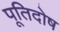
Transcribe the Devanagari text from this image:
पूतिदोष